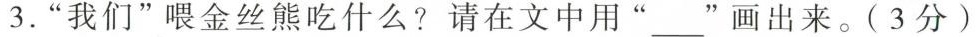
3.“我们”喂金丝熊吃什么？请在文中用“___”画出来。(3分)